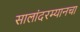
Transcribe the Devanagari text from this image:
सालांदरम्यानचा